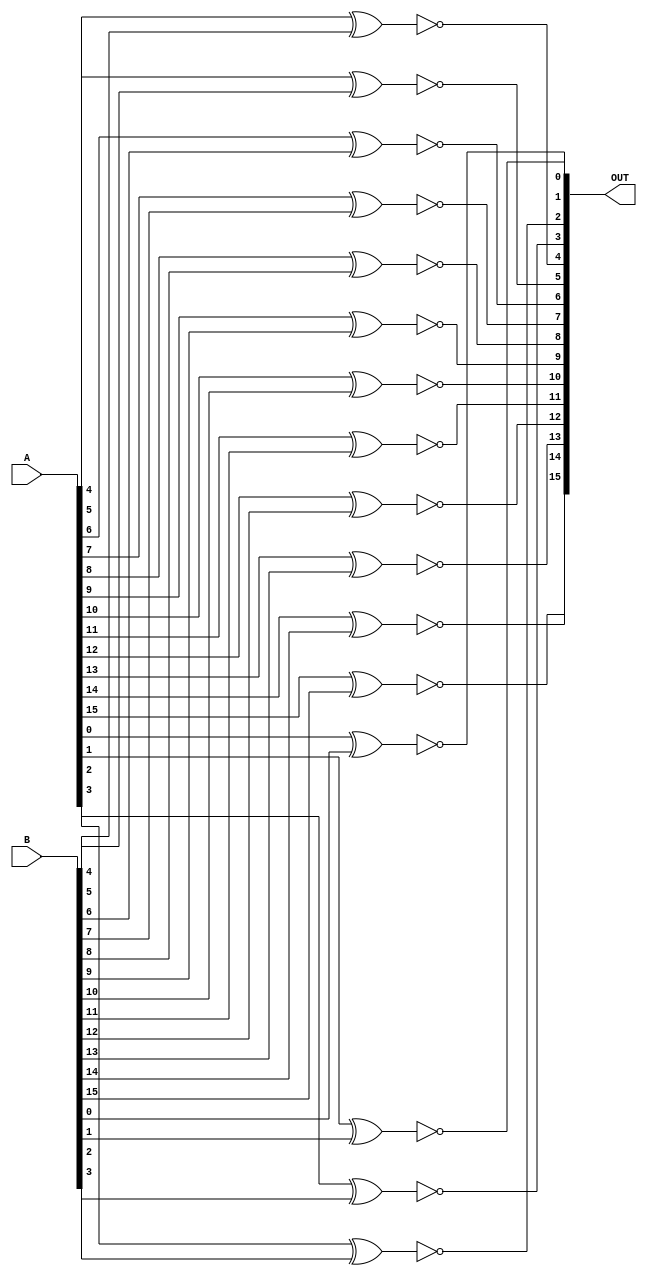
module POS_XNOR(
output wire[15:0]OUT,
input wire[15:0]A,
input wire[15:0]B
    );
xnor xnor0(OUT[0],A[0],B[0]);    
xnor xnor1(OUT[1],A[1],B[1]);  
xnor xnor2(OUT[2],A[2],B[2]);  
xnor xnor3(OUT[3],A[3],B[3]);  
xnor xnor4(OUT[4],A[4],B[4]);    
xnor xnor5(OUT[5],A[5],B[5]);  
xnor xnor6(OUT[6],A[6],B[6]);  
xnor xnor7(OUT[7],A[7],B[7]); 
xnor xnor8(OUT[8],A[8],B[8]);    
xnor xnor9(OUT[9],A[9],B[9]);  
xnor xnor10(OUT[10],A[10],B[10]);  
xnor xnor11(OUT[11],A[11],B[11]); 
xnor xnor12(OUT[12],A[12],B[12]);    
xnor xnor13(OUT[13],A[13],B[13]);  
xnor xnor14(OUT[14],A[14],B[14]);  
xnor xnor15(OUT[15],A[15],B[15]); 

endmodule